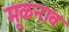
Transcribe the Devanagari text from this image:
मूळनाव